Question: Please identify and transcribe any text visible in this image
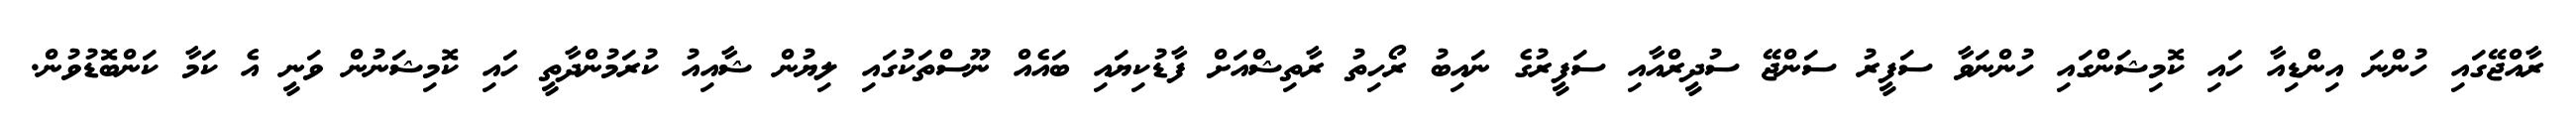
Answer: ރާއްޖޭގައި ހުންނަ އިންޑިއާ ހައި ކޮމިޝަންގައި ހުންނަވާ ސަފީރު ސަންޖޭ ސުދީރްއާއި ސަފީރުގެ ނައިބު ރޯހިތު ރާތިޝްއަށް ފާޑުކިޔައި ބައެއް ނޫސްތަކުގައި ލިޔުން ޝާއިއު ކުރަމުންދާތީ ހައި ކޮމިޝަނުން ވަނީ އެ ކަމާ ކަންބޮޑުވުން.